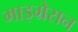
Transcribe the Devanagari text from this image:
माइग्रेसन